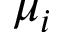
\mu _ { i }